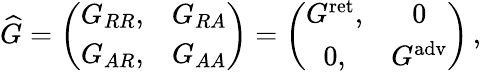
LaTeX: {\widehat G}=\left(\begin{array}{cc}{{G_{RR},}}&{{G_{RA}}}\\ {{G_{AR},}}&{{G_{AA}}}\end{array}\right)=\left(\begin{array}{cc}{{G^{\mathrm{ret}},}}&{{0}}\\ {{0,}}&{{G^{\mathrm{adv}}}}\end{array}\right)\, ,